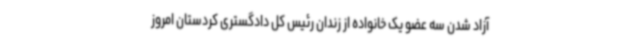
آزاد شدن سه عضو یک خانواده از زندان رئیس کل دادگستری کردستان امروز